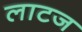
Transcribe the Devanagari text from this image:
लाटज